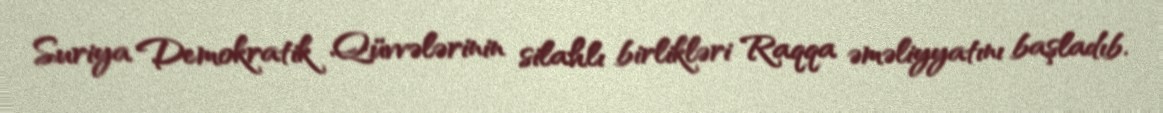
Suriya Demokratik Qüvvələrinin silahlı birlikləri Raqqa əməliyyatını başladıb.